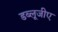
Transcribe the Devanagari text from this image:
डब्लूजीए